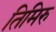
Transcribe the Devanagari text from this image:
तिमिरु